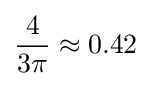
{\frac {4}{3\pi }}\approx 0.42